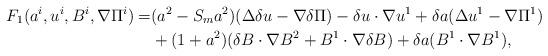
LaTeX: \begin{align*}F_1(a^i,u^i,B^i,\nabla\Pi^i)=&(a^2-S_ma^2)(\Delta\delta u-\nabla\delta\Pi)-\delta u\cdot\nabla u^1+\delta a(\Delta u^1-\nabla\Pi^1)\\&+(1+a^2)(\delta B\cdot\nabla B^2+ B^1\cdot\nabla \delta B)+\delta a( B^1\cdot\nabla B^1),\end{align*}